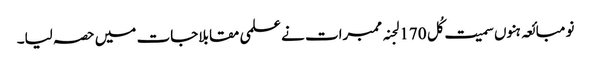
نو مبائعہ ہنوں سمیت کُل 170 لجنہ ممبرات نے علمی مقابلاجات میں حصہ لیا۔